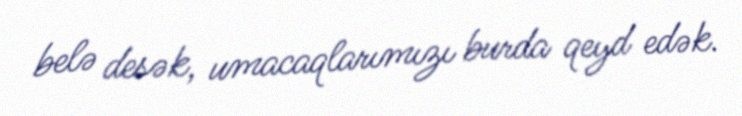
belə desək, umacaqlarımızı burda qeyd edək.